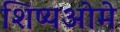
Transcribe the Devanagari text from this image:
शिष्यओमे